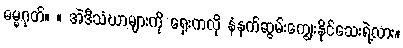
ဓမ္မဂုတ်။ ။ အဲဒီသံဃာများကို ရှေးကလို နံနက်ဆွမ်းကျွေးနိုင်သေးရဲ့လား။